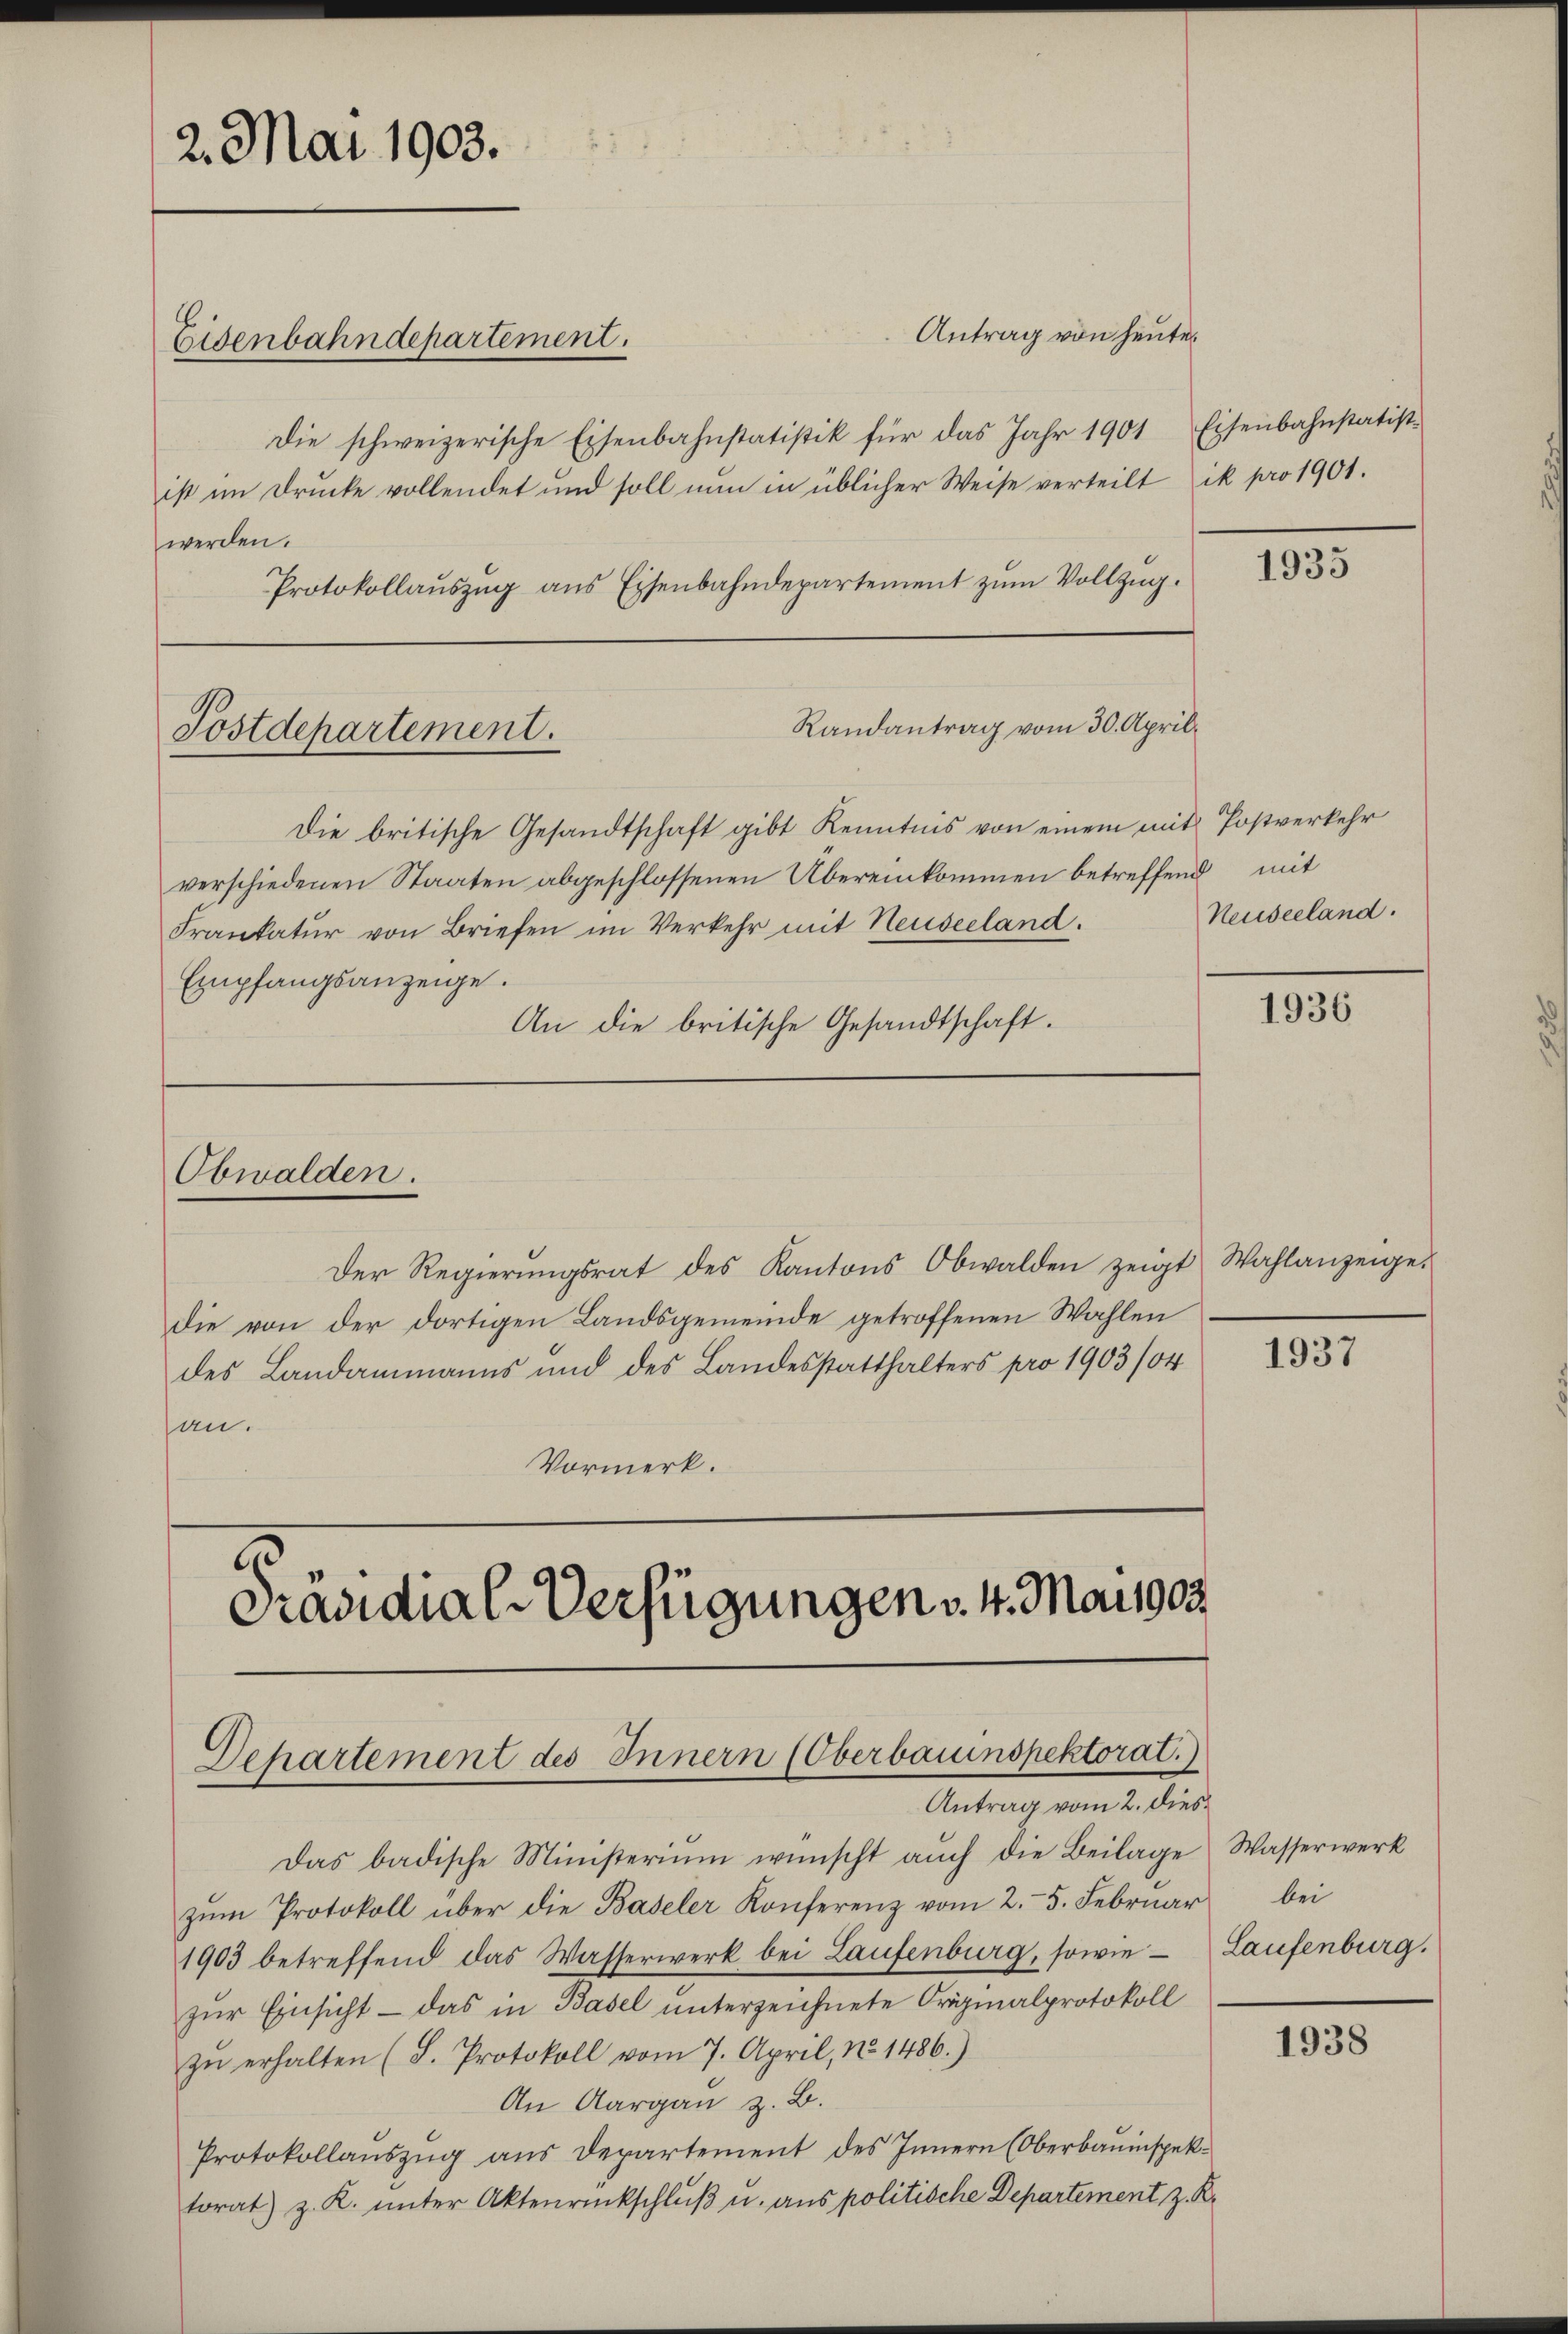
2. Mai 1903.

Eisenbahndepartement.
werden.
Protokollaŭszŭg ans Eisenbahndepartement zŭm Vollzug.

Die schweizerische Eisenbahnstatistik für das Jahr 1901 Eisenbahnstatistist im Drucke vollendet und soll nun in üblicher Weise verteilt (ik pro 1901.

Randantrag vom 30. April
Postdepartement.

Obwalden.

Antrag von heute

Die britische Gesandtschaft gibt Kenntnis von einem mit Postverkehr
verschiedenen Staaten abgeschlossenen Übereinkommen betreffend mit
Frankatŭr von Briefen im Verkehr mit Neuseeland.
Empfangsanzeige.
An die britische Gesandtschaft.

Der Regierŭngsrat des Kantons Obwalden zeigt Wahlanzeige.
die von der dortigen Landsgemeinde getroffenen Wahlen
des Landammanns und des Landesstatthalters pro 1903/04
an.
Vormerk.

Präsidial-Verfügungen v. 4. Mai 1903.
Departement des Innern (Oberbauinspektorat.
Antrag vom 2. dies¬

Das badische Ministerium wünscht aŭch die Beilage Wasserwerk
zŭm Protokoll über die Baseler Konferenz vom 2. 5. Februar
1903 betreffend das Wasserwerk bei Laufenburg, sowie Laufenburg.
zur Einsicht – das in Basel unterzeichnete Originalprotokoll
zŭ erhalten (S. Protokoll vom 7. April, No 1486.)
An Aargau z. B.
Protokollaŭszŭg aŭs Departement des Innern (Oberbauinspektorat) z. K. unter Aktenrückschluß u. aus politische Departement z. R.

1935

Neuseeland.

1936

1937

bei

1938